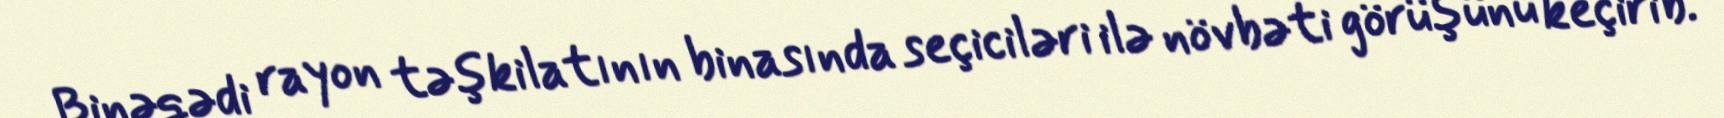
Binəqədi rayon təşkilatının binasında seçiciləri ilə növbəti görüşünü keçirib.